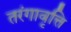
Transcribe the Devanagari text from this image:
तरंगावृत्ति